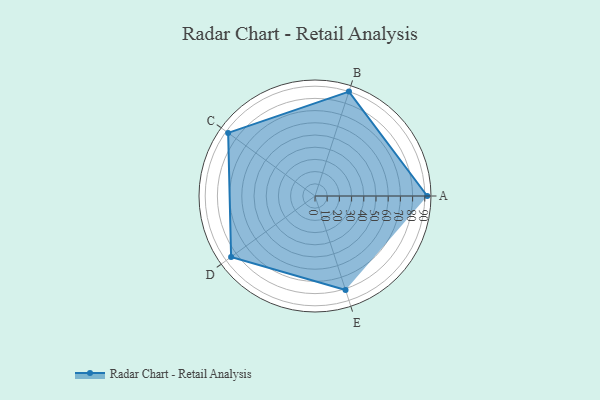
{"axis": {"x": "Skill", "y": "Score"}, "legend": ["Profile"], "data": [{"x": "A", "y": 92.0, "type": "Profile"}, {"x": "B", "y": 90.0, "type": "Profile"}, {"x": "C", "y": 88.0, "type": "Profile"}, {"x": "D", "y": 85.0, "type": "Profile"}, {"x": "E", "y": 81.0, "type": "Profile"}]}